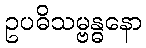
ဥပဓိသမ္ဗန္ဓနော